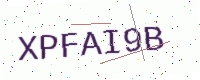
Text: XPFAI9B